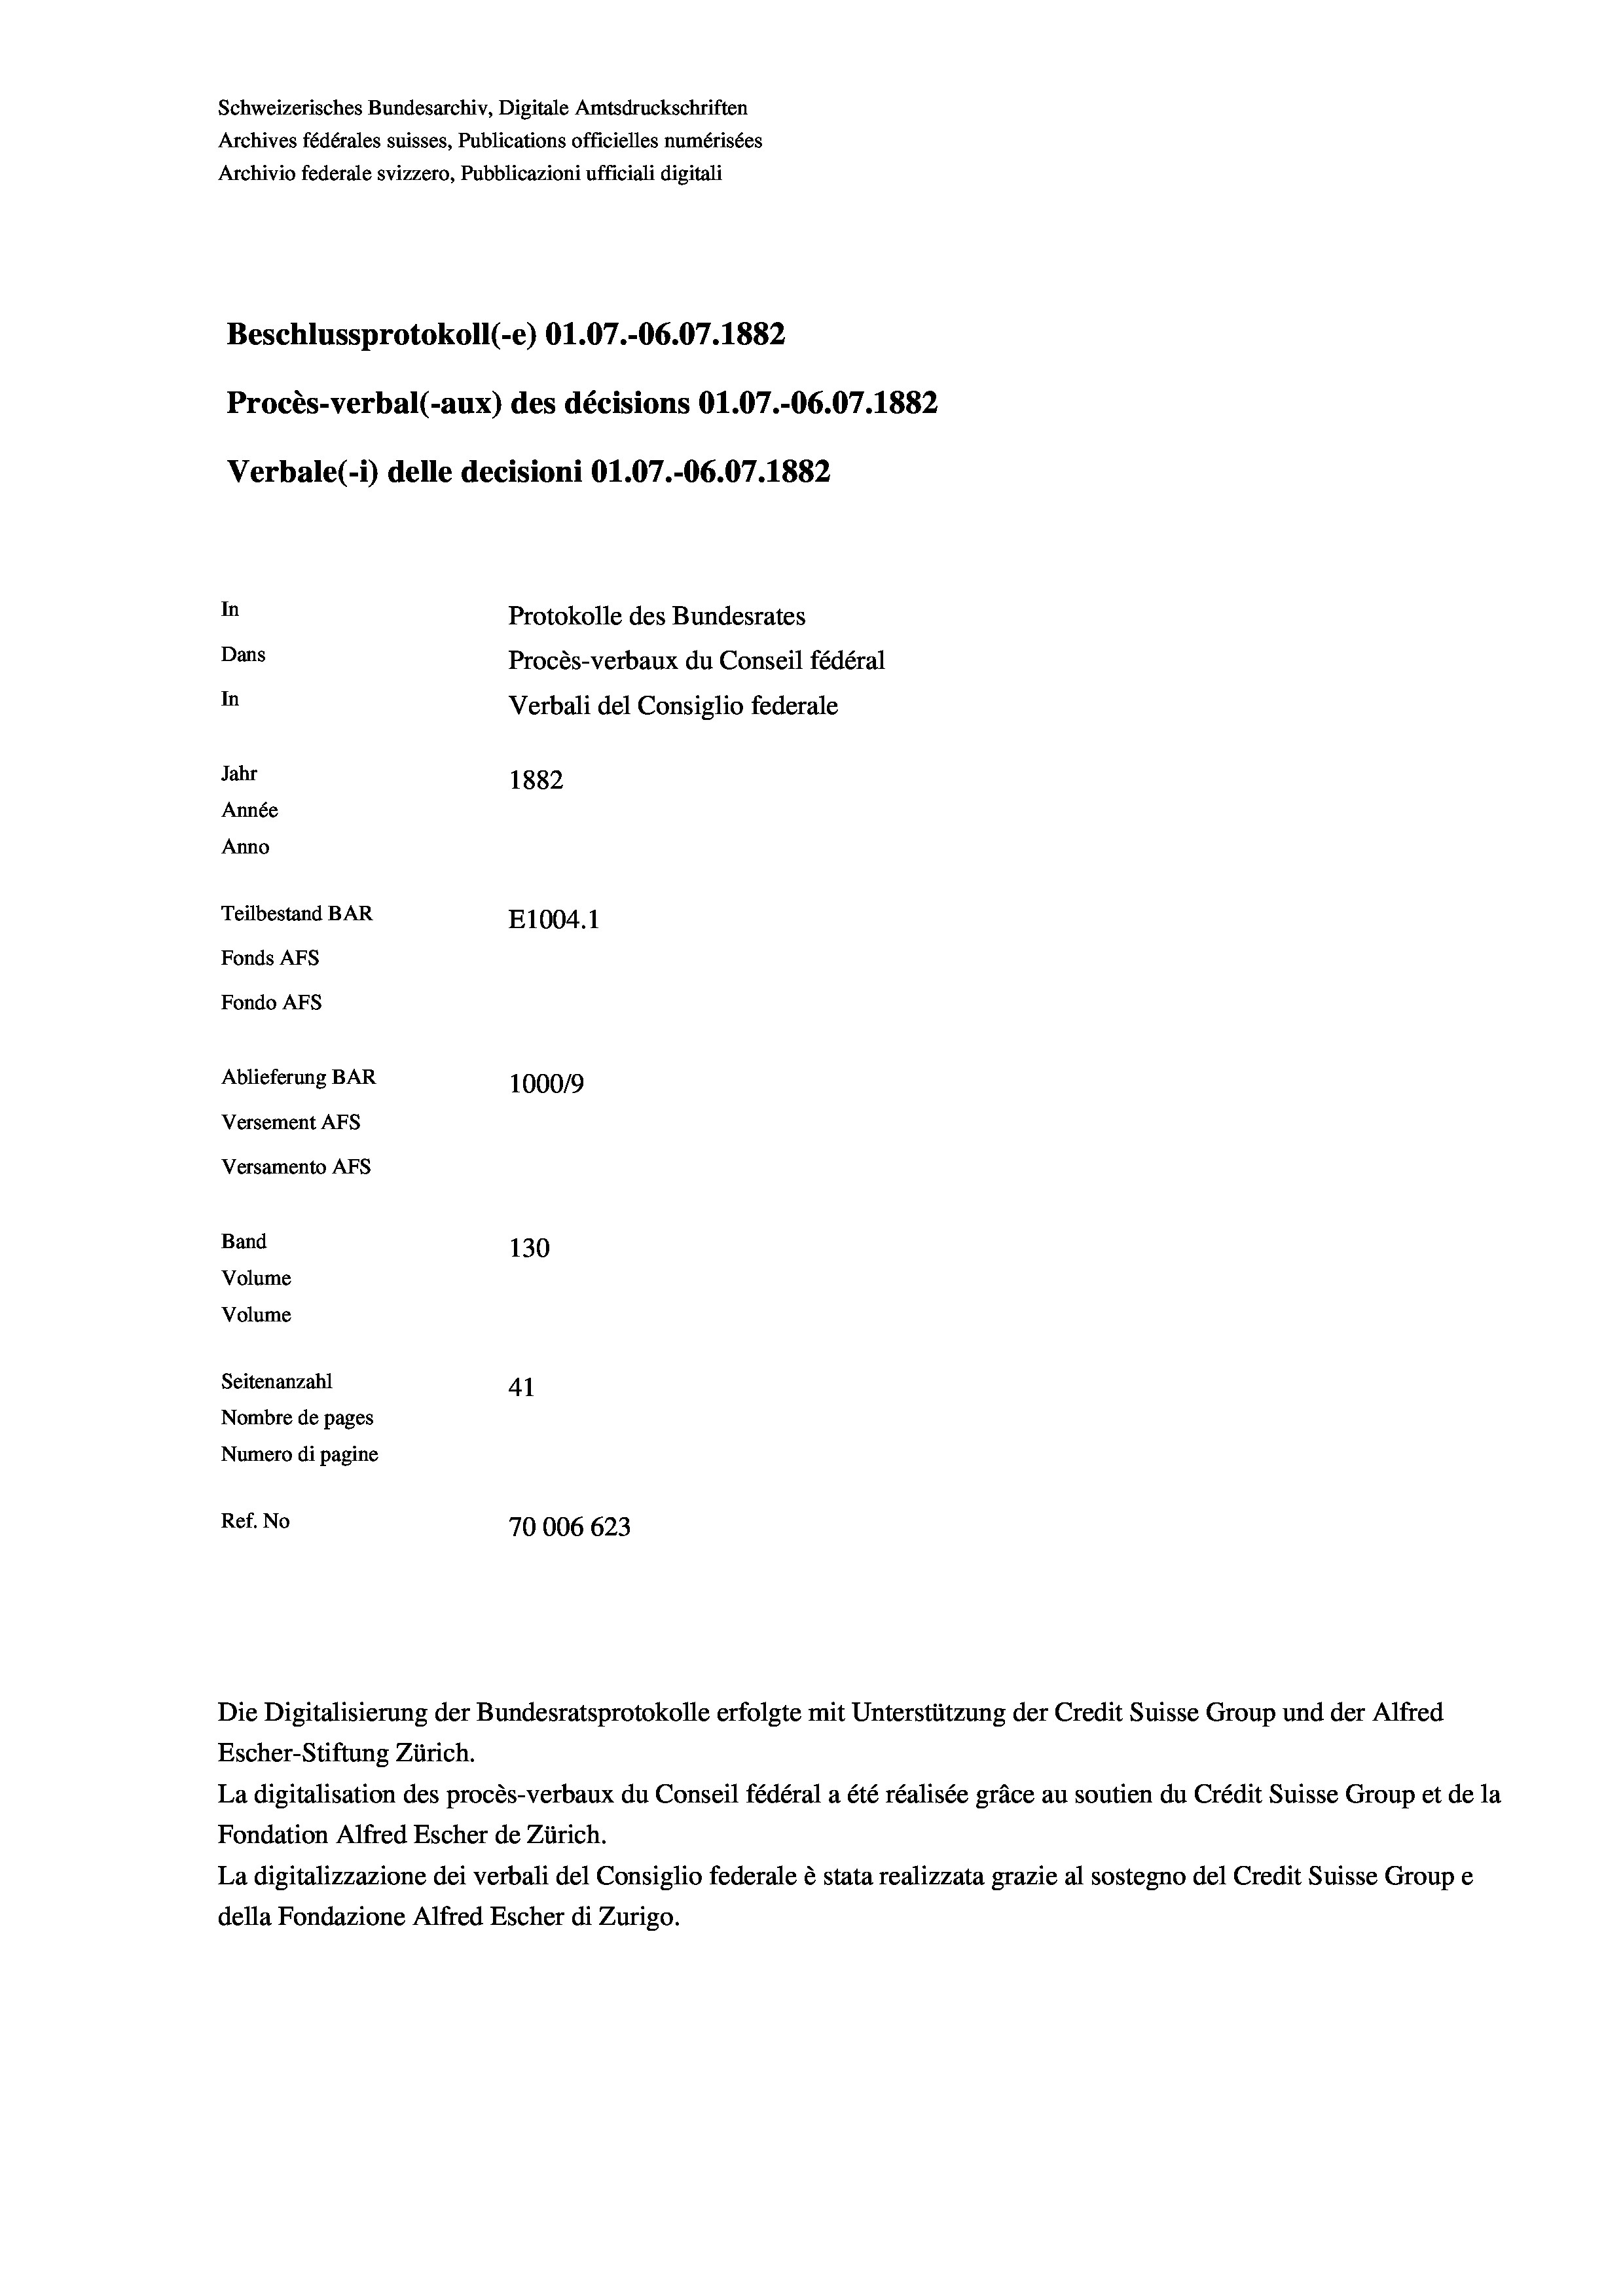
Schweizerisches Bundesarchiv, Digitale Amtsdruckschriften
Archives fédérales suisses, Publications officielles numérisées
Archivio federale svizzero, Pubblicazioni ufficiali digitali
Beschlussprotokoll (-e) O1.07.-06.07. 1882
Procès-verbal (-aux) des décisions O1.07.-06.07. 1882
Verbale(-*) delle decisioni O1.07.-06.07. 1882
In
Protokolle des Bundesrates
Dans
Procès-verbaux du Conseil fédéral
In
Verbali del Consiglio federale
Jahr
1882
Année
Anno
Teilbestand BAR
E1004. 1
Fonds AFs
Fondo Afs
Ablieferung BAR
100019
Versement AFs
Versamento Afs
Band
130
Volume
Volume
Seitenanzahl
41
Nombre de pages
Numero di pagine
Ref. No
70006 623

Die Digitalisierung der Bundesratsprotokolle erfolgte mit Unterstützung der Credit Suisse Group und der Alfred
Escher-Stiftung Zürich.
La digitalisation des procès-verbaux du Conseil fédéral a été réalisée gräce au soutien du Crédit Suisse Group et de la
Fondation Alfred Escher de Zürich.
La digitalizzazione dei verbali del Consiglio federale è stata realizzata grazie al sostegno del Credit Suisse Groupe
della Fondazione Alfred Escher di Zurigo.